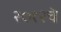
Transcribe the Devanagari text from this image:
२०१२चे